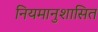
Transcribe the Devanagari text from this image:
नियमानुशासित